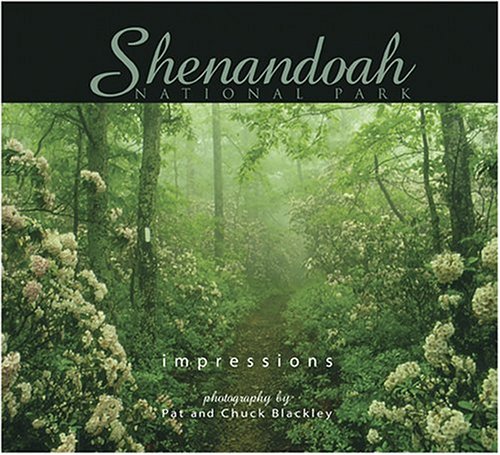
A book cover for Shenandoah National Park Impressions; photography by Chuck Blackley; Travel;